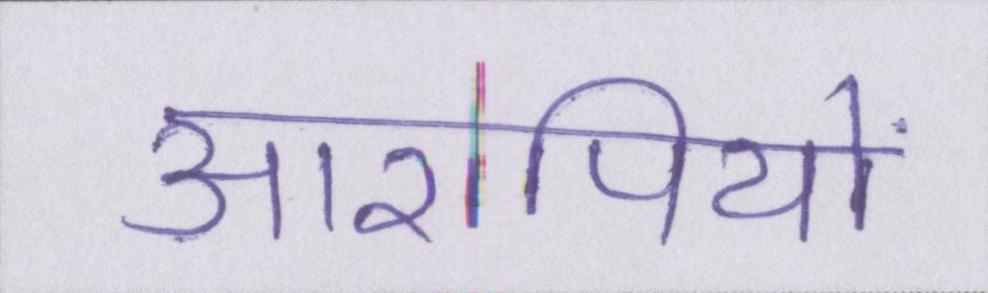
आरोपियों